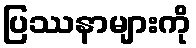
ပြဿနာများကို